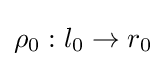
\rho _{0}:l_{0}\to r_{0}